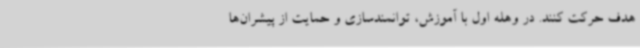
هدف حرکت کنند. در وهله اول با آموزش، توانمندسازی و حمایت از پیشران‌ها